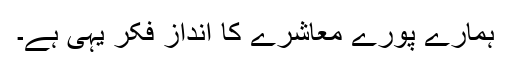
ہمارے پورے معاشرے کا انداز فکر یہی ہے۔